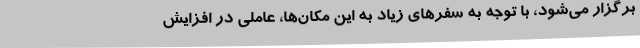
برگزار می‌شود، با توجه به سفرهای زیاد به این مکان‌ها، عاملی در افزایش